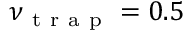
\nu _ { \mathrm { ~ t ~ r ~ a ~ p ~ } } = 0 . 5